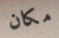
مكان